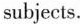
subjects.